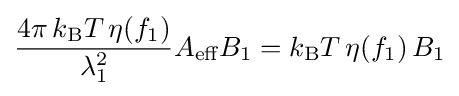
{\frac {4\pi \,k_{\text{B}}T\,\eta (f_{1})}{\lambda _{1}^{2}}}A_{\text{eff}}B_{1}=k_{\text{B}}T\,\eta (f_{1})\,B_{1}